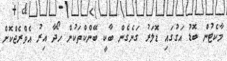
މާކެޓުން ބޮޑު އަގުގައި ޑޮލަރު ގަނެގެން ބާކީ ބޭންކްތަކުން ހޯދާ އިރު އެވްރެޖްކޮށް